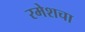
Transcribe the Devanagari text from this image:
रमेशचा